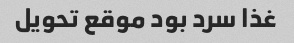
غذا سرد بود موقع تحویل